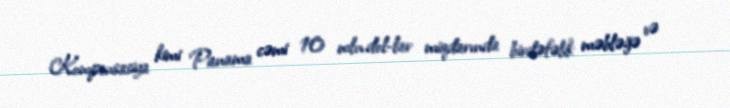
Kompensasiya kimi Panama cəmi 10 mln.dol-lar miqdarında birdəfəlik məbləğə və